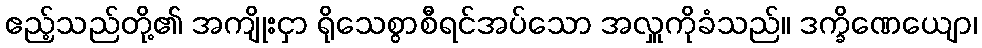
ဧည့်သည်တို့၏ အကျိုးငှာ ရိုသေစွာစီရင်အပ်သော အလှူကိုခံသည်။ ဒက္ခိဏေယျော၊